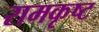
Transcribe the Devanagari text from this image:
रामकृष्ट